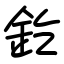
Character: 釳